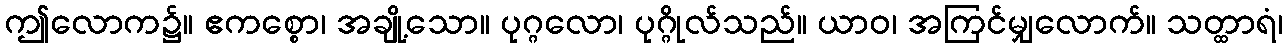
ဤလောက၌။ ဧကစ္စော၊ အချို့သော။ ပုဂ္ဂလော၊ ပုဂ္ဂိုလ်သည်။ ယာဝ၊ အကြင်မျှလောက်။ သတ္ထာရံ၊